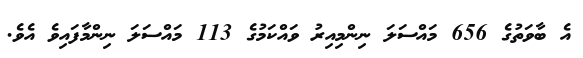
އެ ބާވަތުގެ 656 މައްސަލަ ނިންމިއިރު ވައްކަމުގެ 113 މައްސަލަ ނިންމާފައިވެ އެވެ.